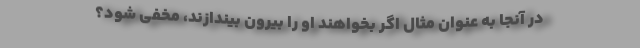
در آنجا به عنوان مثال اگر بخواهند او را بیرون بیندازند، مخفی شود؟